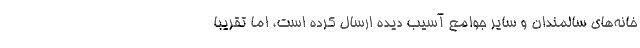
خانه‌های سالمندان و سایر جوامع آسیب دیده ارسال کرده است، اما تقریباً